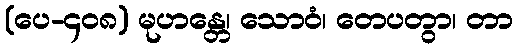
(ပေ-၄၀၈) မုဟန္တေ၊ သောဝံ၊ တေပတွာ၊ တာ